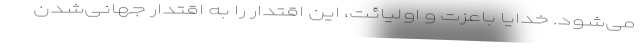
می‌شود. خدایا باعزت و اولیائت، این اقتدار را به اقتدار جهانی‌شدن